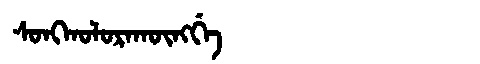
Manchu: ᠰᠣᠩᡴᠣᠯᠣᡵᠠᡴᡡᠩᡤᡝ
Romanization: SONGKOLORAKŪNGGE